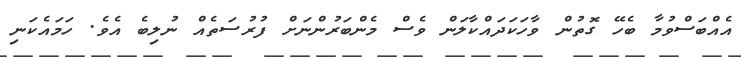
އެއްބަސްވުމާ ބެހޭ ގޮތުން ވާހަކަދައްކާލަން ވެސް މެންބަރުންނަށް ފުރުސަތެއް ނުލިބެ އެވެ. ހަމައެކަނި